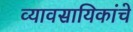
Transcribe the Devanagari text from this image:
व्यावसायिकांचे